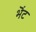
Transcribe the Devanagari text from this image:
भॆंट